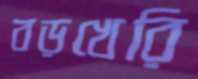
বড়খেরি